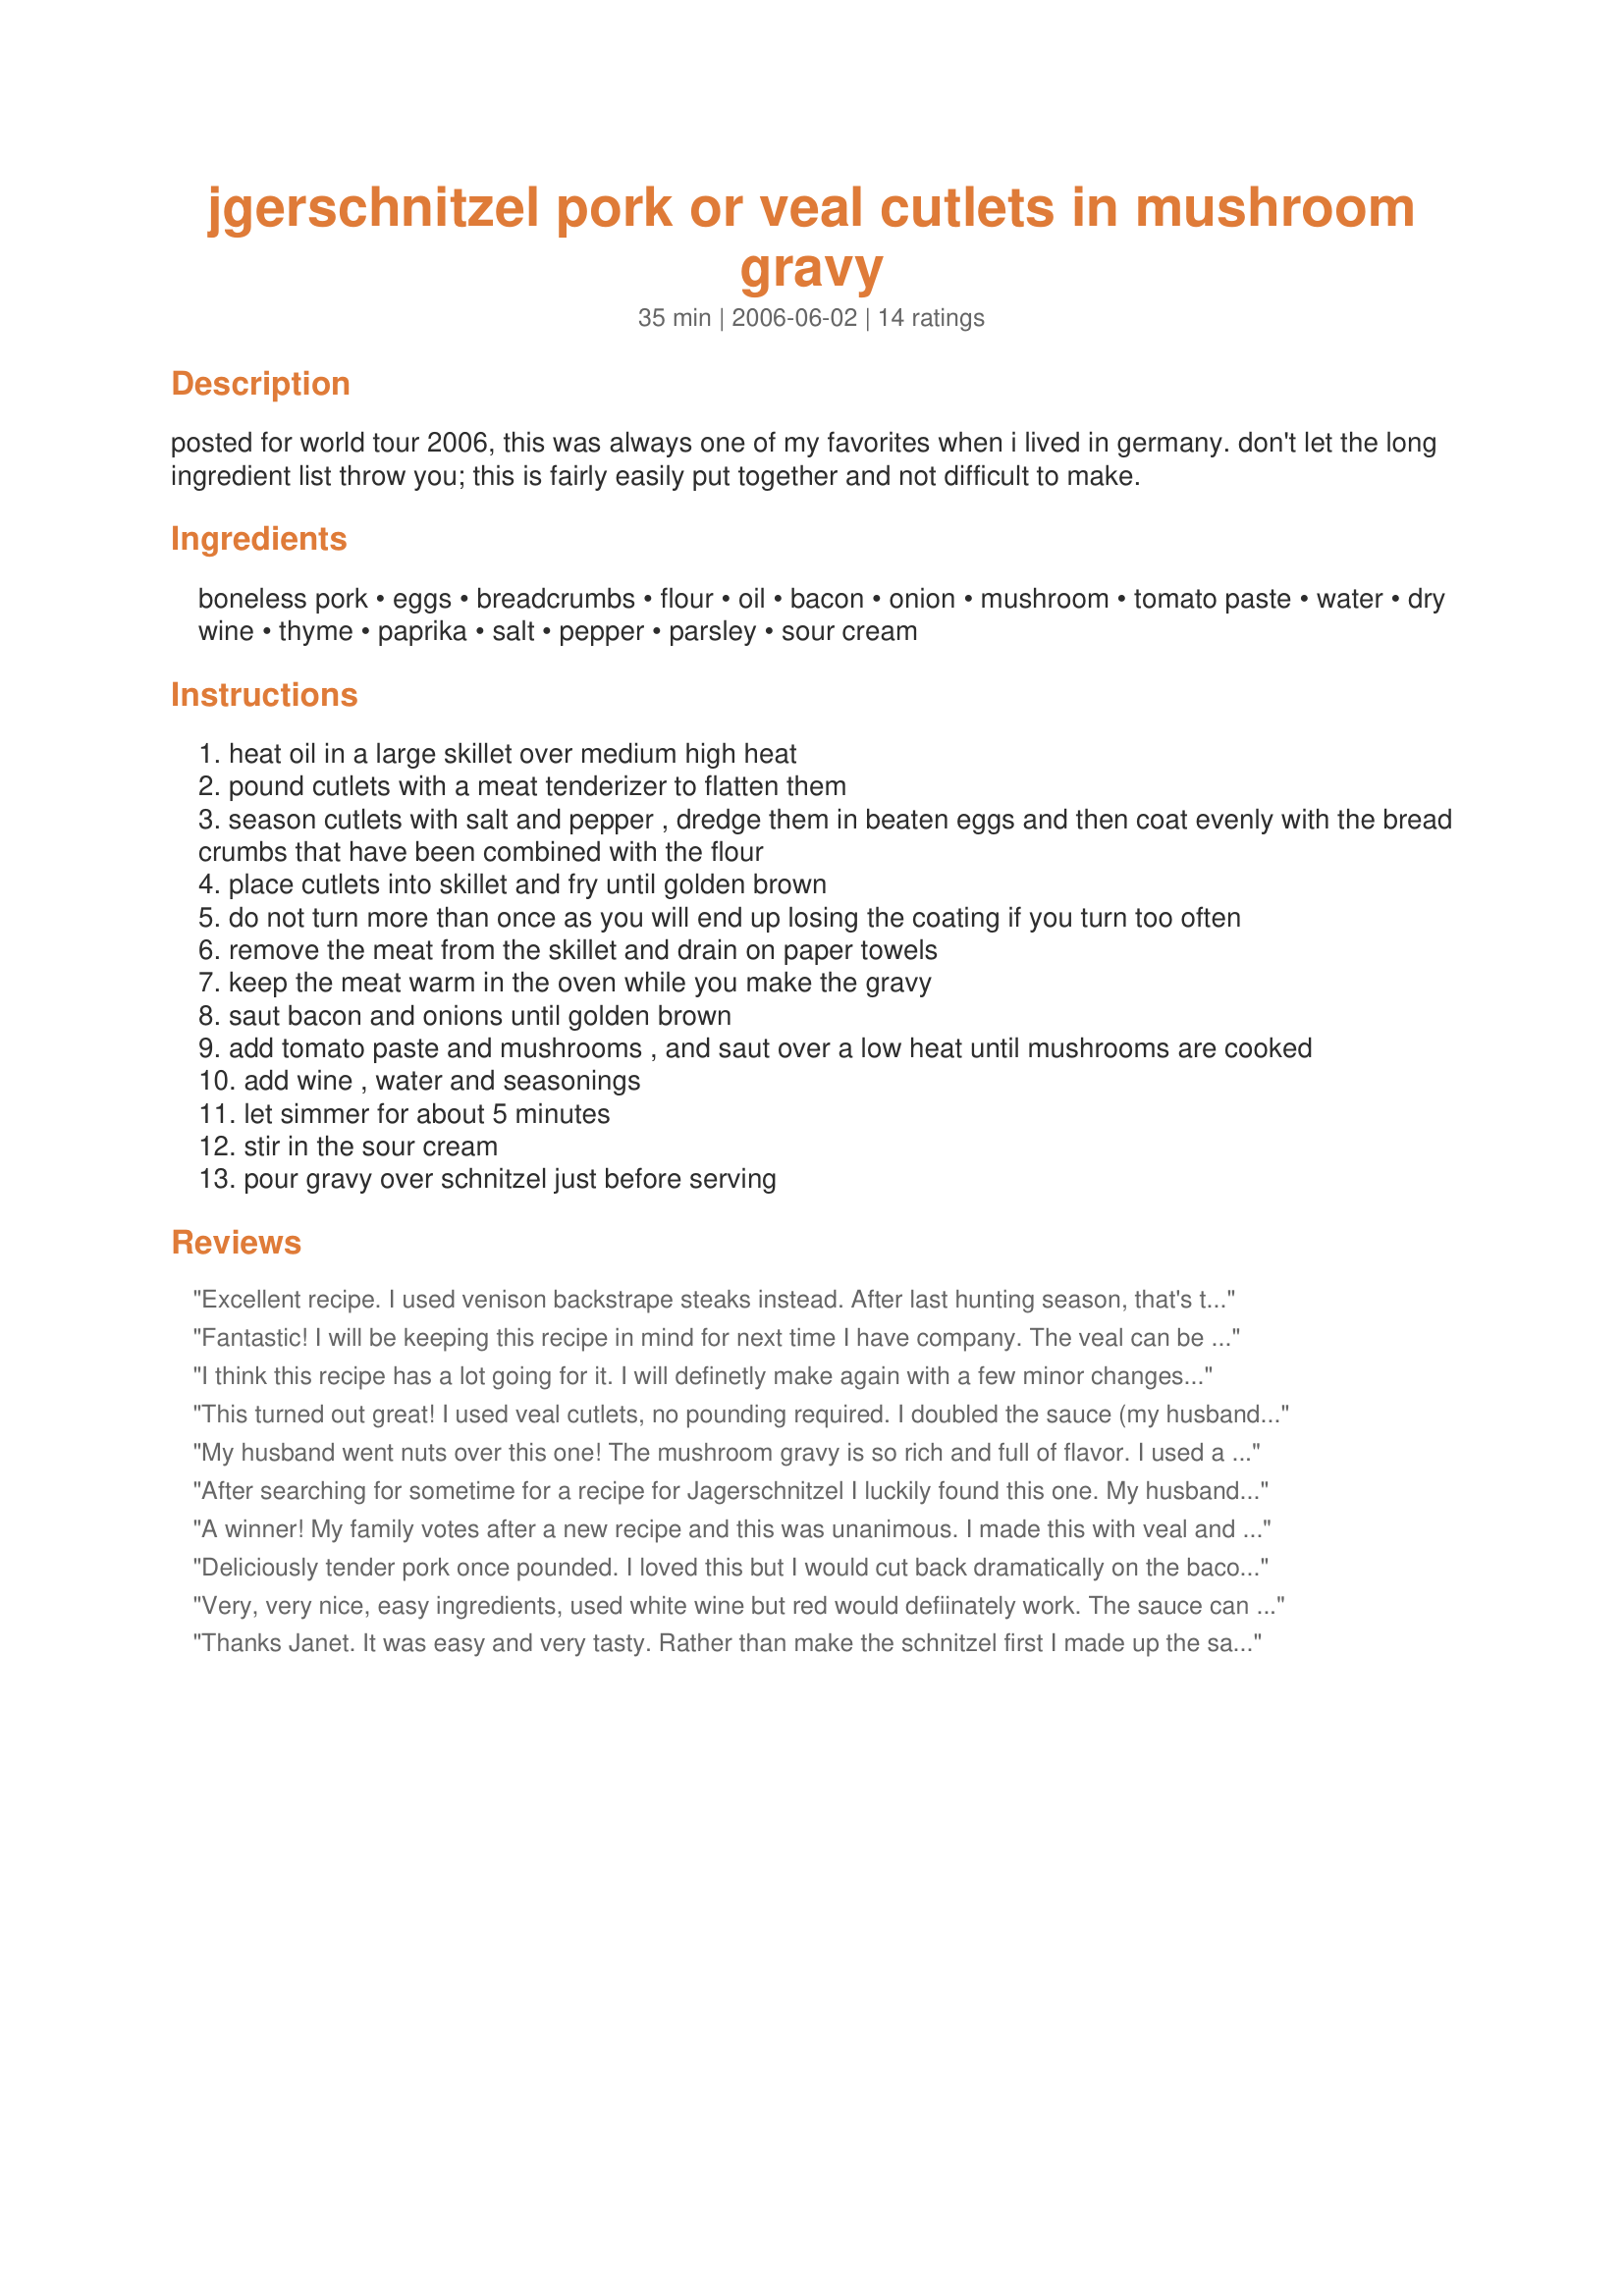
jgerschnitzel pork or veal cutlets in mushroom gravy
Preparation time: 35 minutes

posted for world tour 2006, this was always one of my favorites when i lived in germany. don't let the long ingredient list throw you; this is fairly easily put together and not difficult to make.

Ingredients:
boneless pork, eggs, breadcrumbs, flour, oil, bacon, onion, mushroom, tomato paste, water, dry wine, thyme, paprika, salt, pepper, parsley, sour cream

Steps:
heat oil in a large skillet over medium high heat
pound cutlets with a meat tenderizer to flatten them
season cutlets with salt and pepper , dredge them in beaten eggs and then coat evenly with the bread crumbs that have been combined with the flour
place cutlets into skillet and fry until golden brown
do not turn more than once as you will end up losing the coating if you turn too often
remove the meat from the skillet and drain on paper towels
keep the meat warm in the oven while you make the gravy
saut bacon and onions until golden brown
add tomato paste and mushrooms , and saut over a low heat until mushrooms are cooked
add wine , water and seasonings
let simmer for about 5 minutes
stir in the sour cream
pour gravy over schnitzel just before serving

Reviews:
Excellent recipe. I used venison backstrape steaks instead. After last hunting season, that's the only kind of meat I cook with (great tasting and we have tons on hand). I also doubled the sauce but didn't change anything else. I will be making this again! Thanks for sharing.
Fantastic! I will be keeping this recipe in mind for next time I have company. The veal can be prepared ahead of time and reheated, and same with the sauce.. I'm sure it would be even better if made a day in advance! Next time I will use my non-stick skillet as I could only get one sides breading to stay on. Thanks for posting this wonderful recipe!
I think this recipe has a lot going for it. I will definetly make again with a few minor changes. I really liked the flavor of the sauce, I think I would almost double it. I would have liked more. I used boneless pork chops pounded but next time I will use a pork tenderloin. I served over orzo pasta which I liked a lot, didn't have schnitzel on hand. I will double the paprika next time. Overall a solid recipe that my DH and I enjoyed. Thanks!
This turned out great! I used veal cutlets, no pounding required. I doubled the sauce (my husband loved it) as suggested by others but we really didn&#039;t need the extra the veal was so tender. If using pork, the sauce would be even more appreciated I think. On the upside, I now have the remainder in a jar in the fridge waiting to be used :) I did everything exactly as stated in the recipe, (used red wine) will make again for sure!
My husband went nuts over this one! The mushroom gravy is so rich and full of flavor. I used a Chianti red wine and don't think it could have turned out any better. It's not a complicated recipe at all - just looks long. This is definately a keeper!!!!!
After searching for sometime for a recipe for Jagerschnitzel I luckily found this one. My husband is of German/Austrian descent and asked for this dish for quite some time. It was wonderful. I too doubled the sauce. I serv ed it with a family recipe for buttered & fried noodles. The only change will make next time is to use about a 1/2 cup of cream or half & half to give the sauce a creamier consistency. Otherwise it is a winner!.
A winner! My family votes after a new recipe and this was unanimous. I made this with veal and I omitted the bacon.
Deliciously tender pork once pounded. I loved this but I would cut back dramatically on the bacon because it was a bit greasy.
Very, very nice, easy ingredients, used white wine but red would defiinately work. The sauce can easily be adjusted spicier, thin or thicker, wonderfull, Thanks JanetB
Thanks Janet. It was easy and very tasty. Rather than make the schnitzel first I made up the sauce first and just reheated once the veal was cooked. Ran out of bacon (why won't he put things on the list???) so made do with 2 slices of bacon. DH said to tell you that you are a goddess :)
I made this Jagershnitzel last night. This recipe is awesome. Everything came out perfect. I also made extra sauce and used the german mash potatoes minus the apples. Perfect combination.
Oh WOW! We loved this :-) because of the comments of some of the other reviewers I only used 2 slices of bacon, and I wasn't sure what type of wine to use but someone else commented on using a red so I used the only red I had.. Merlot. Mmm!! Definitely a do-over. I served this with mashed potatoes/parsnips (I mix them), and broccoli with a lemon/butter/white wine sauce. I forgot the sour cream :-( and plated up one plate.. but I poured the sauce back into the pan and added it then re-plated LOL. YAY!! Thank you!!
We made this with veal. The only thing I'd have done differently is that I would have doubled the sauce! My guys loved this! We had it for Christmas dinner per their choice this year and it was a huge hit! We served it over German Mashed Potatoes (recipe found at recipezaar!) It is a spectacular combination!
My is this good! Both the breading and the sauce worked perfectly. Looked awesome on the plate and did not disappoint on the palate! Fans of Bavarian food will want this in the regular rotation. Made for Cookbook Tag Nov. 2008.
